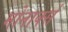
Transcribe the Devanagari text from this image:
मोनार्क्स